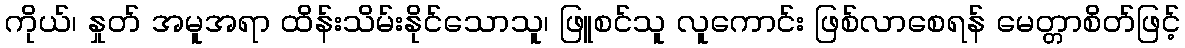
ကိုယ်၊ နှုတ် အမူအရာ ထိန်းသိမ်းနိုင်သောသူ၊ ဖြူစင်သူ လူကောင်း ဖြစ်လာစေရန် မေတ္တာစိတ်ဖြင့်